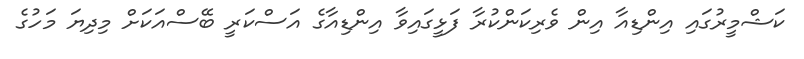
ކަޝްމީރުގައި އިންޑިއާ އިން ވެރިކަންކުރާ ފަޅީގައިވާ އިންޑިއާގެ އަސްކަރީ ބޭސްއަކަށް މިދިޔަ މަހުގެ